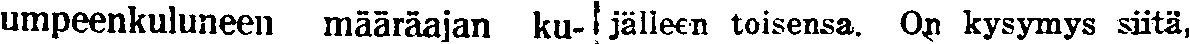
umpeenkuluneen määräajan ku-| jälleen toisensa. On kysymys siitä,